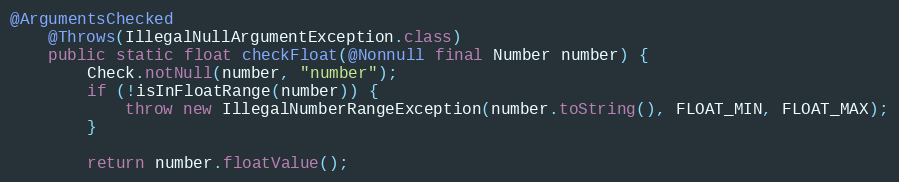
Language: Java
@ArgumentsChecked
	@Throws(IllegalNullArgumentException.class)
	public static float checkFloat(@Nonnull final Number number) {
		Check.notNull(number, "number");
		if (!isInFloatRange(number)) {
			throw new IllegalNumberRangeException(number.toString(), FLOAT_MIN, FLOAT_MAX);
		}

		return number.floatValue();